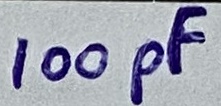
Text: 100pF